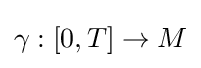
\gamma :[0,T]\to M